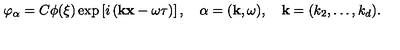
\varphi _ { \alpha } = C \phi ( \xi ) \exp \left[ i \left( { \bf k x } - \omega \tau \right) \right] , \quad \alpha = ( { \bf k } , \omega ) , \quad { \mathbf { k } } = ( k _ { 2 } , \ldots , k _ { d } ) .